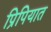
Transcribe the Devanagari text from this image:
प्रिपियात